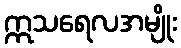
ဣသရေလအမျိုး